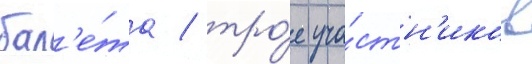
бал'е́та / тро́е уча́стн'иков